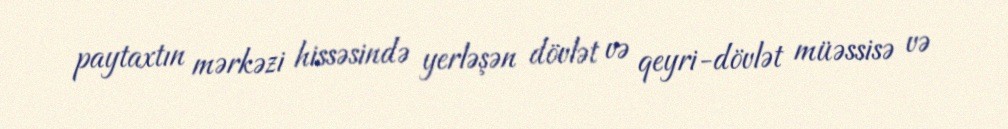
paytaxtın mərkəzi hissəsində yerləşən dövlət və qeyri-dövlət müəssisə və